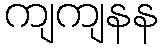
ကျကျနန